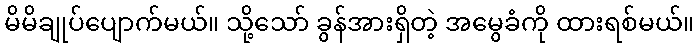
မိမိချုပ်ပျောက်မယ်။ သို့သော် ခွန်အားရှိတဲ့ အမွေခံကို ထားရစ်မယ်။